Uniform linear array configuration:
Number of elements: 8
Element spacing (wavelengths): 0.5
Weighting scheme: exponential
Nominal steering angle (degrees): -15
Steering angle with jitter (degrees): -13.456
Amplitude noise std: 0.05
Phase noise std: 0.05

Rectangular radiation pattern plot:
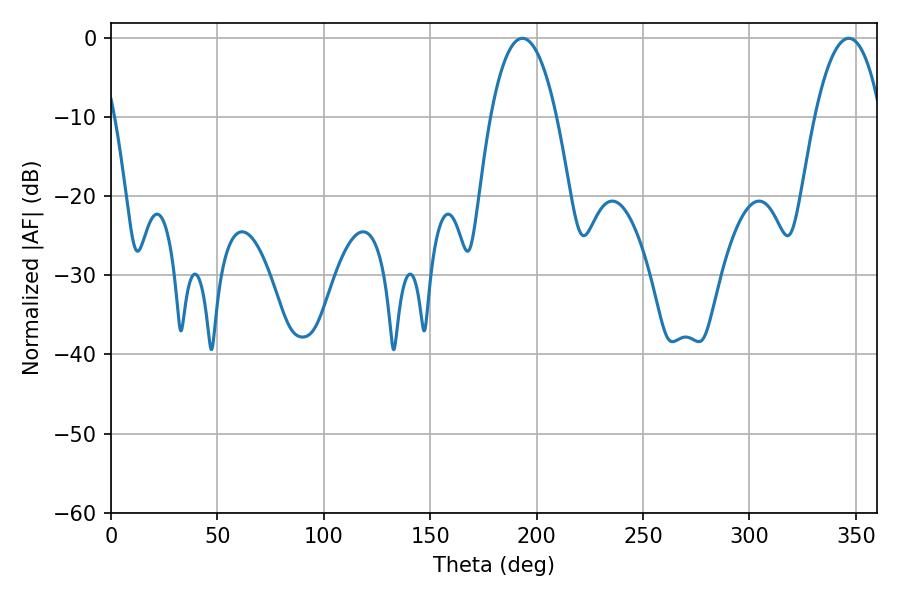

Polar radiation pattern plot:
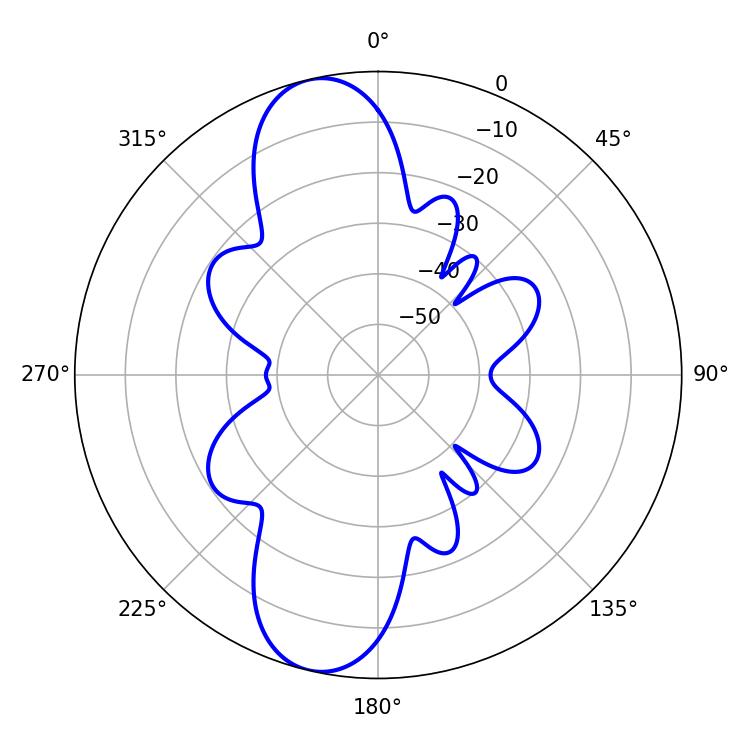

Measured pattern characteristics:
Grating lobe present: FALSE
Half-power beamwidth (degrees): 17.28
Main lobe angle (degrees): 193.32